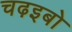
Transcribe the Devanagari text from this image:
चढ़इबो